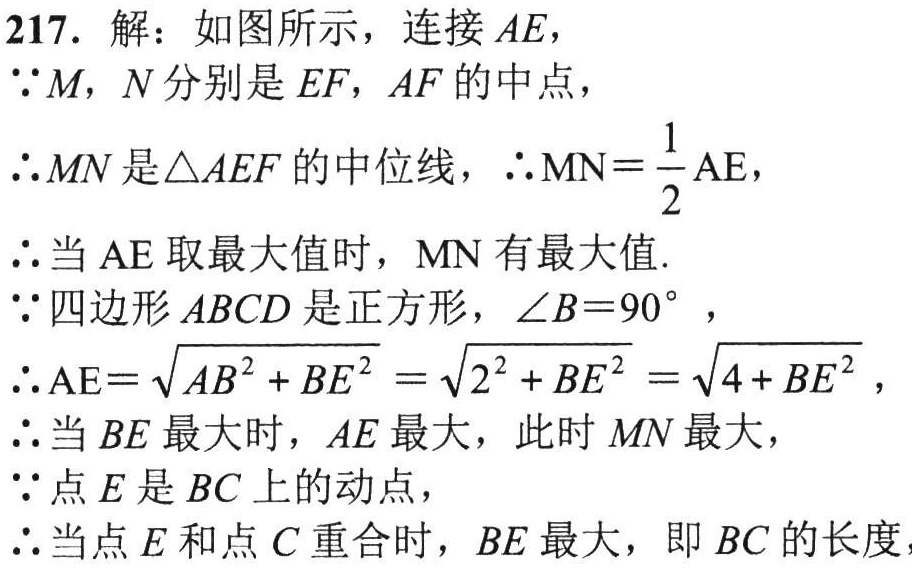
217. 解：如图所示，连接 \(AE\)，

\(\because M\)，\(N\) 分别是 \(EF\)，\(AF\) 的中点，

\(\therefore MN\) 是 \(\triangle AEF\) 的中位线，\(\therefore MN = \frac{1}{2}AE\)，

\(\therefore\) 当 \(AE\) 取最大值时，\(MN\) 有最大值.

\(\because\) 四边形 \(ABCD\) 是正方形，\(\angle B = 90^{\circ}\)，

\(\therefore AE = \sqrt{AB^{2}+BE^{2}}=\sqrt{2^{2}+BE^{2}}=\sqrt{4 + BE^{2}}\)，

\(\therefore\) 当 \(BE\) 最大时，\(AE\) 最大，此时 \(MN\) 最大，

\(\because\) 点 \(E\) 是 \(BC\) 上的动点，

\(\therefore\) 当点 \(E\) 和点 \(C\) 重合时，\(BE\) 最大，即 \(BC\) 的长度，